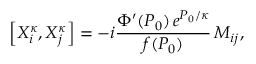
\left[ { \cal X } _ { i } ^ { \kappa } , { \cal X } _ { j } ^ { \kappa } \right] = - i \frac { \Phi ^ { \prime } ( P _ { 0 } ) \, e ^ { P _ { 0 } / \kappa } } { f ( P _ { 0 } ) } \, M _ { i j } ,